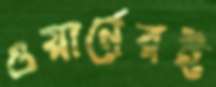
ওয়ার্নেরই